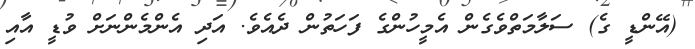
(އޭންޑީ ގެ) ސަލާމަތްވެގެން އެމީހުންގެ ފަހަތުން ދެއެވެ. އަދި އެންމެންނަށް ވުޑީ އާއި